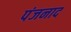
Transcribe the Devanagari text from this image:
पंजनाद